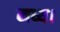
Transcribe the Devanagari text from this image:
मध्य।